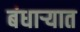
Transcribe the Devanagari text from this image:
बंधाऱ्यात